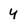
Character: Y